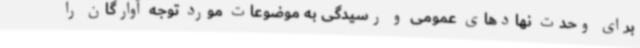
برای وحدت نهادهای عمومی و رسیدگی به موضوعات مورد توجه آوارگان را